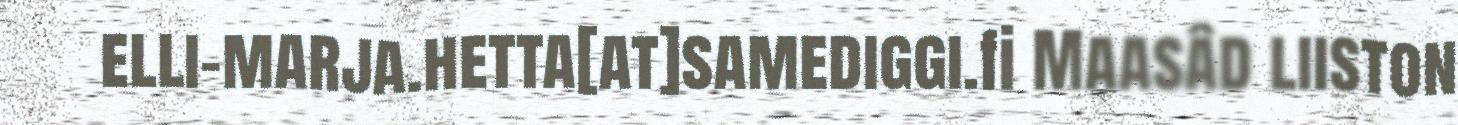
elli-marja.hetta[at]samediggi.fi Maasâd liiston